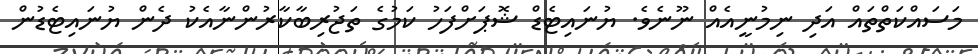
މަސައްކަތްތައް އަދި ނިމުނީއެއް ނޫނެވެ. ޔުނައިޓެޑް ޝޮޕަށްފަހު ކަމުގެ ތަޖުރިބާކާރުންނާއެކު ދެން ޔުނައިޓެޑުން